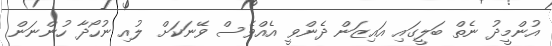
އުންމީދު ނެތް ބަލީގައި އައިޒަން ދެންވީ އެއްވެސް ވޭނަކަށް ލުއި ނުހޯދާ ހުންނަން